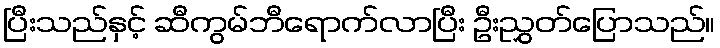
ပြီးသည်နှင့် ဆီကွမ်ဘီရောက်လာပြီး ဦးညွှတ်ပြောသည်။